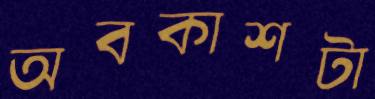
অবকাশটা